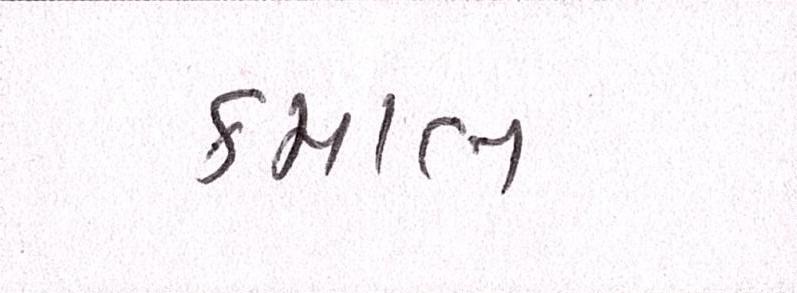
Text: કમાલ